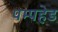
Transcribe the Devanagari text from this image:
पम्पहेड